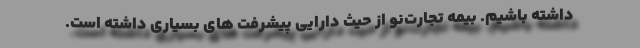
داشته باشیم. بیمه تجارت‌نو از حیث دارایی پیشرفت های بسیاری داشته است.